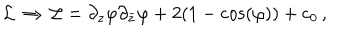
LaTeX: { \cal L } \, \Rightarrow \, { \cal L } = \partial _ { z } \varphi \partial _ { \bar { z } } \varphi + 2 ( 1 - \cos ( \varphi ) ) + c _ { 0 } \, ,